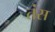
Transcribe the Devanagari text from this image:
तंस